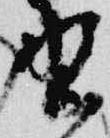
野